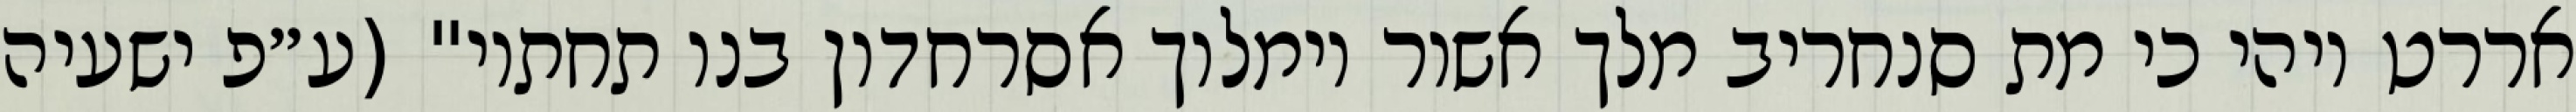
אררט ויהי כי מת סנחריב מלך אשור וימלוך אסרחדון בנו תחתיו" (ע״פ ישעיה